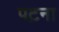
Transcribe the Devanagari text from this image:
पट़ना